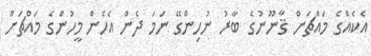
އެކެއްގެ މައްޗަށް ޤާނޫނުގެ ބާރު ނުހިންގޭ ނަމަ ދެން އެހެން މީހުންގެ މައްޗަށް